342_HS1-416511228_319.1 Flying Discs 1949
Agency: Department of War
Incident date: 1/9/50
Page 120
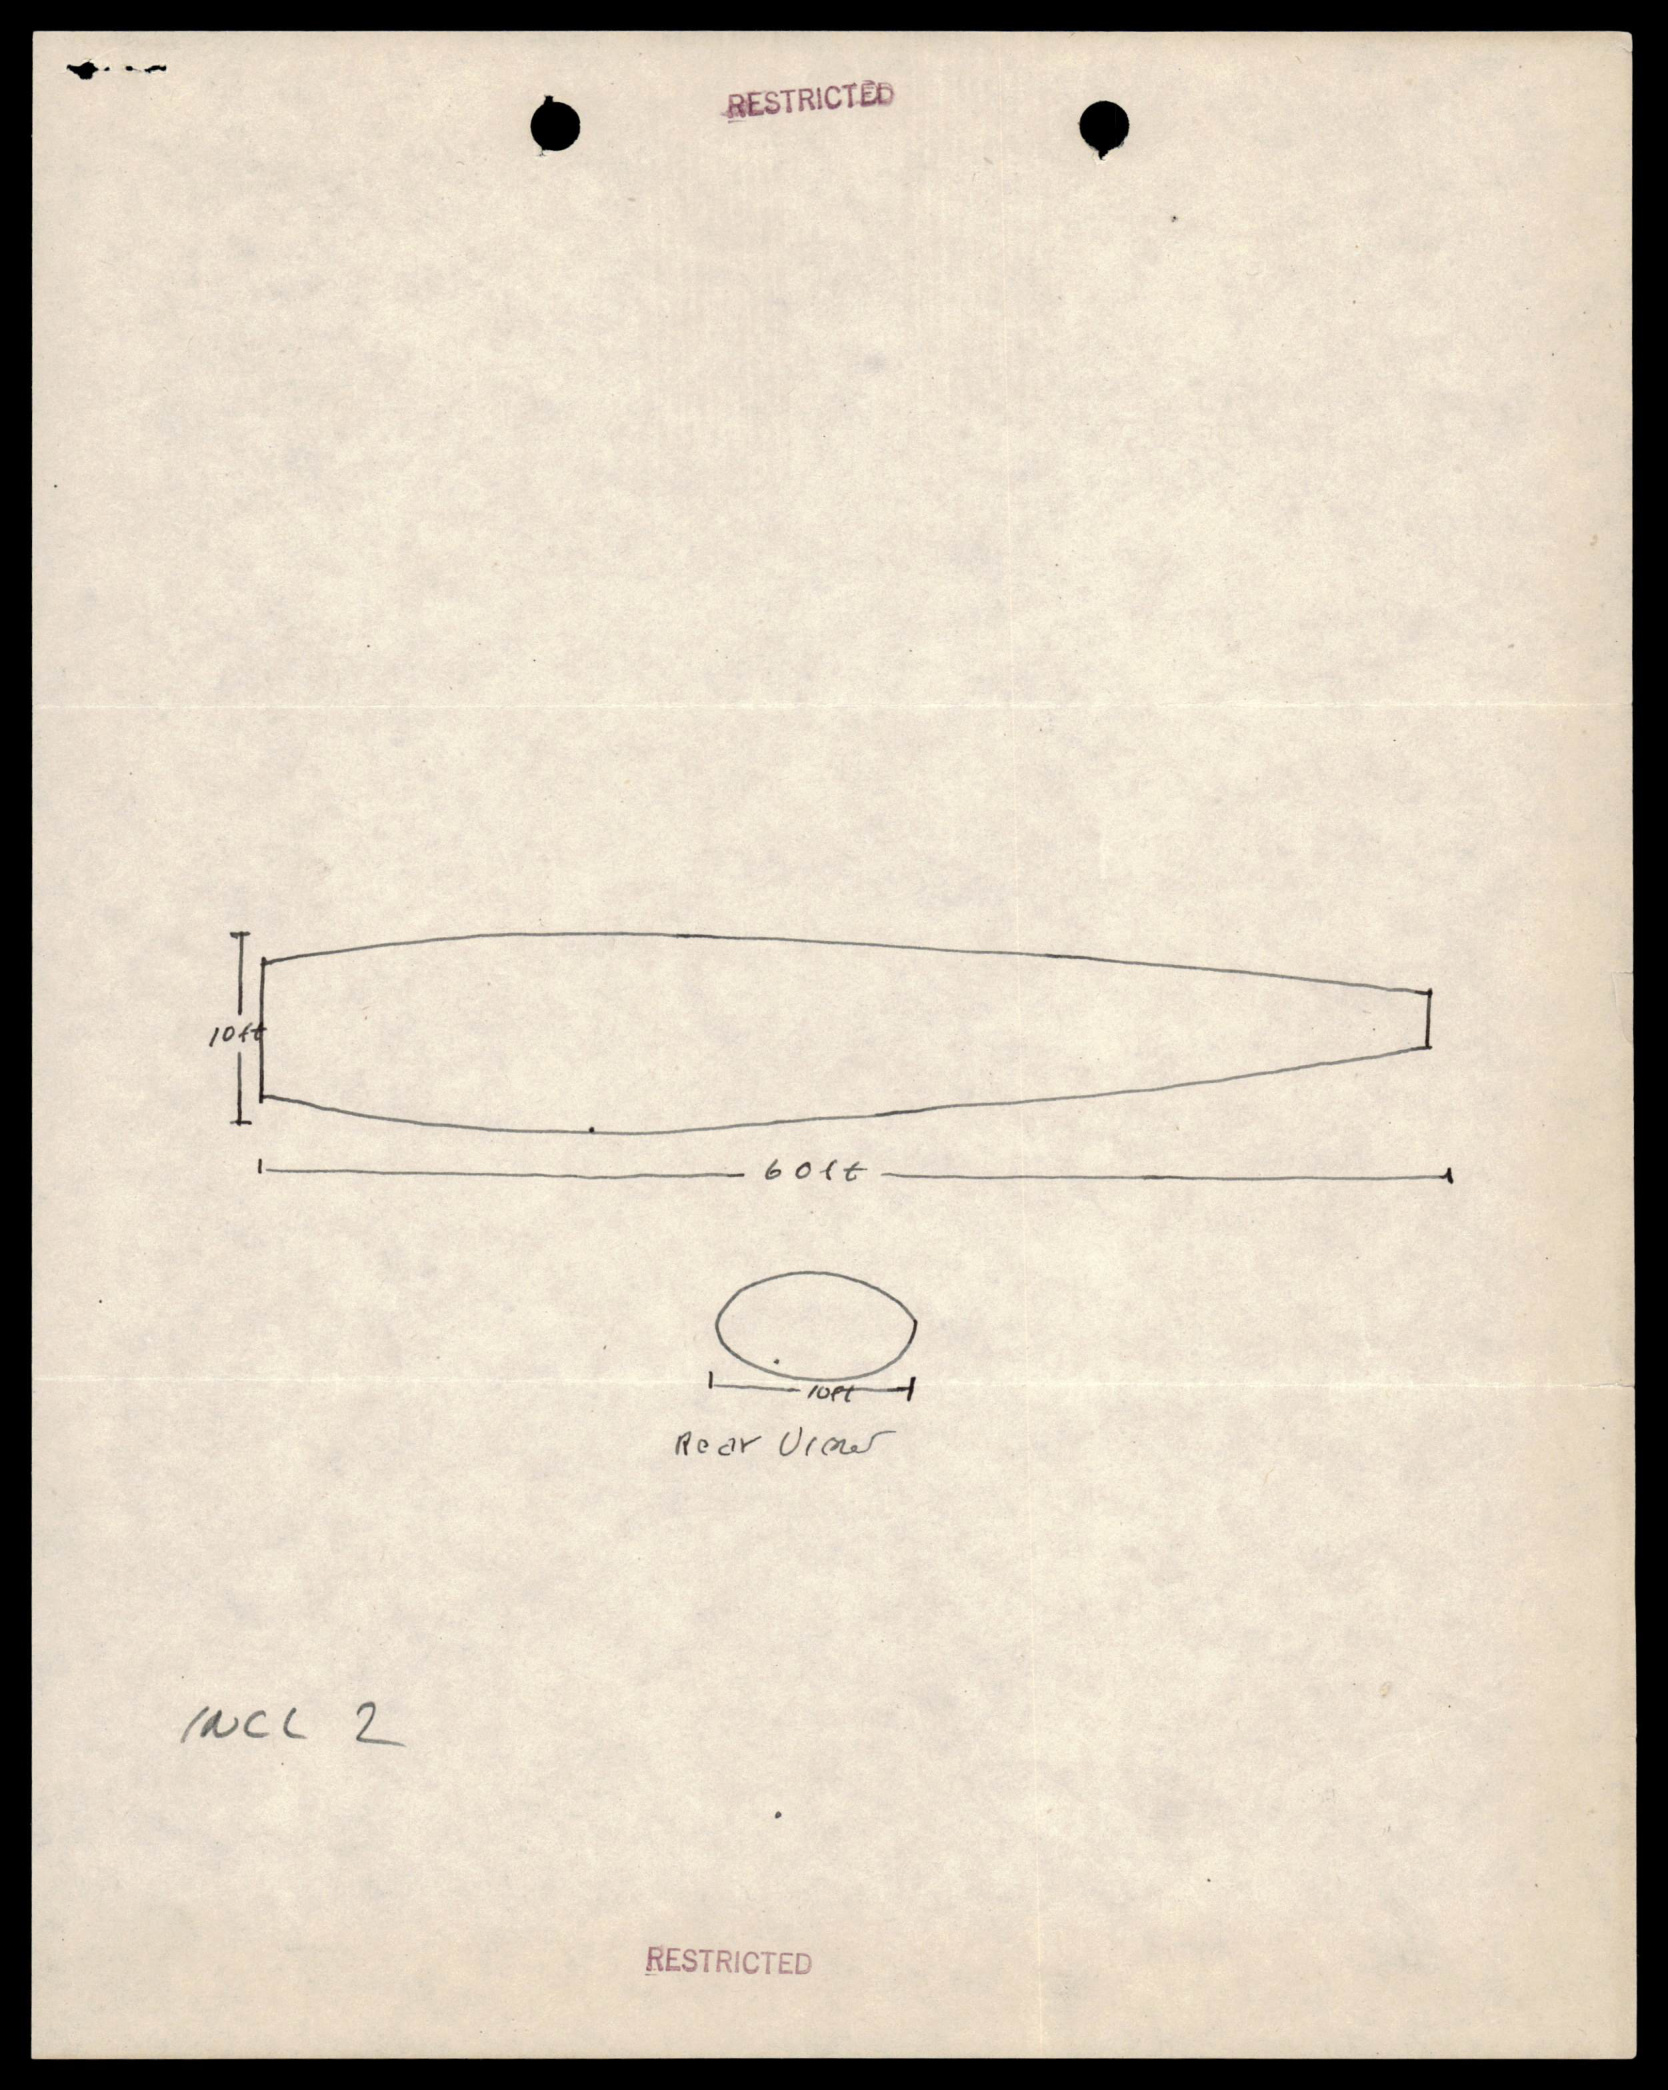